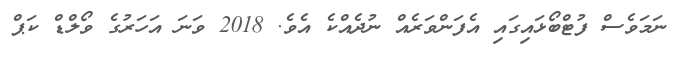
ނަމަވެސް ފުޓްބޯޅައިގައި އެފަންވަރެއް ނުދެއްކެ އެވެ. 2018 ވަނަ އަހަރުގެ ވޯލްޑް ކަޕް